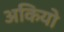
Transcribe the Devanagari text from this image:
अकियो